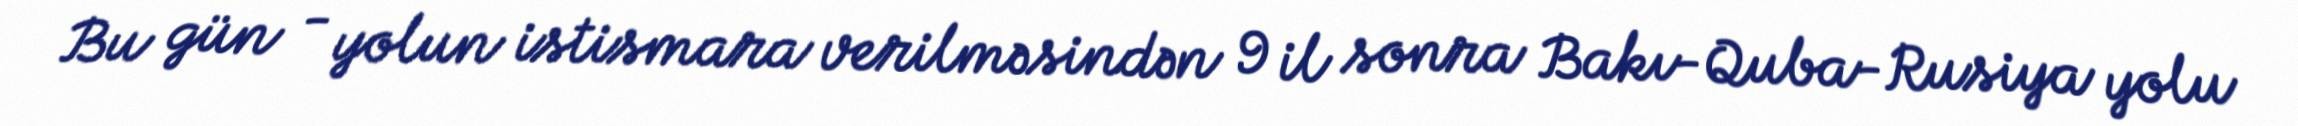
Bu gün - yolun istismara verilməsindən 9 il sonra Bakı-Quba-Rusiya yolu